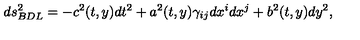
d s _ { B D L } ^ { 2 } = - c ^ { 2 } ( t , y ) d t ^ { 2 } + a ^ { 2 } ( t , y ) \gamma _ { i j } d x ^ { i } d x ^ { j } + b ^ { 2 } ( t , y ) d y ^ { 2 } ,